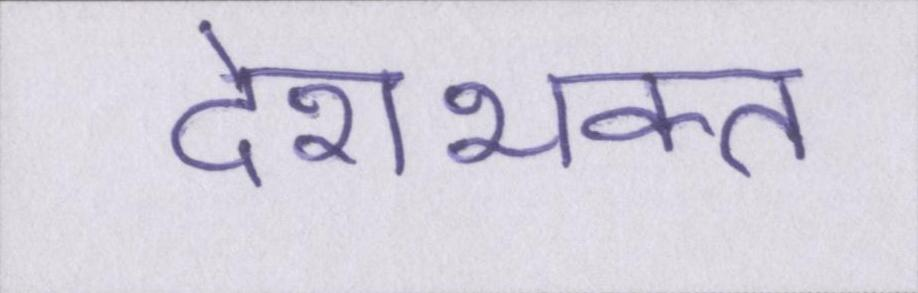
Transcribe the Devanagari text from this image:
देशभक्त